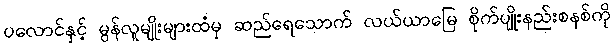
ပလောင်နှင့် မွန်လူမျိုးများထံမှ ဆည်ရေသောက် လယ်ယာမြေ စိုက်ပျိုးနည်းစနစ်ကို